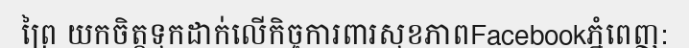
ព្រៃ យកចិត្តទុកដាក់លើកិច្ចការពារសុខភាពFacebookភ្នំពេញ: